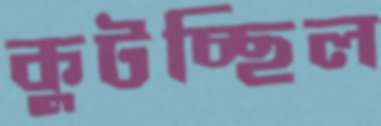
কুটচ্ছিল